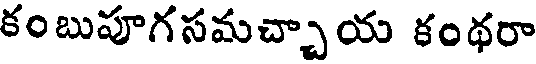
కంబుపూగసమచ్చాయ కంథరా